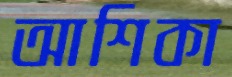
আশিকা